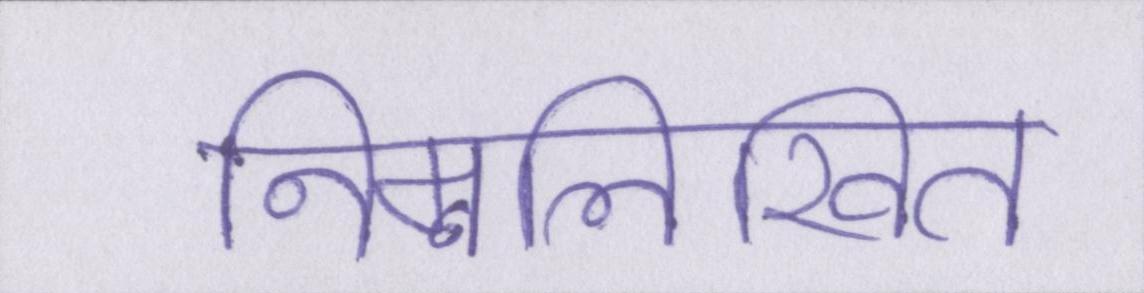
निम्नलिखित